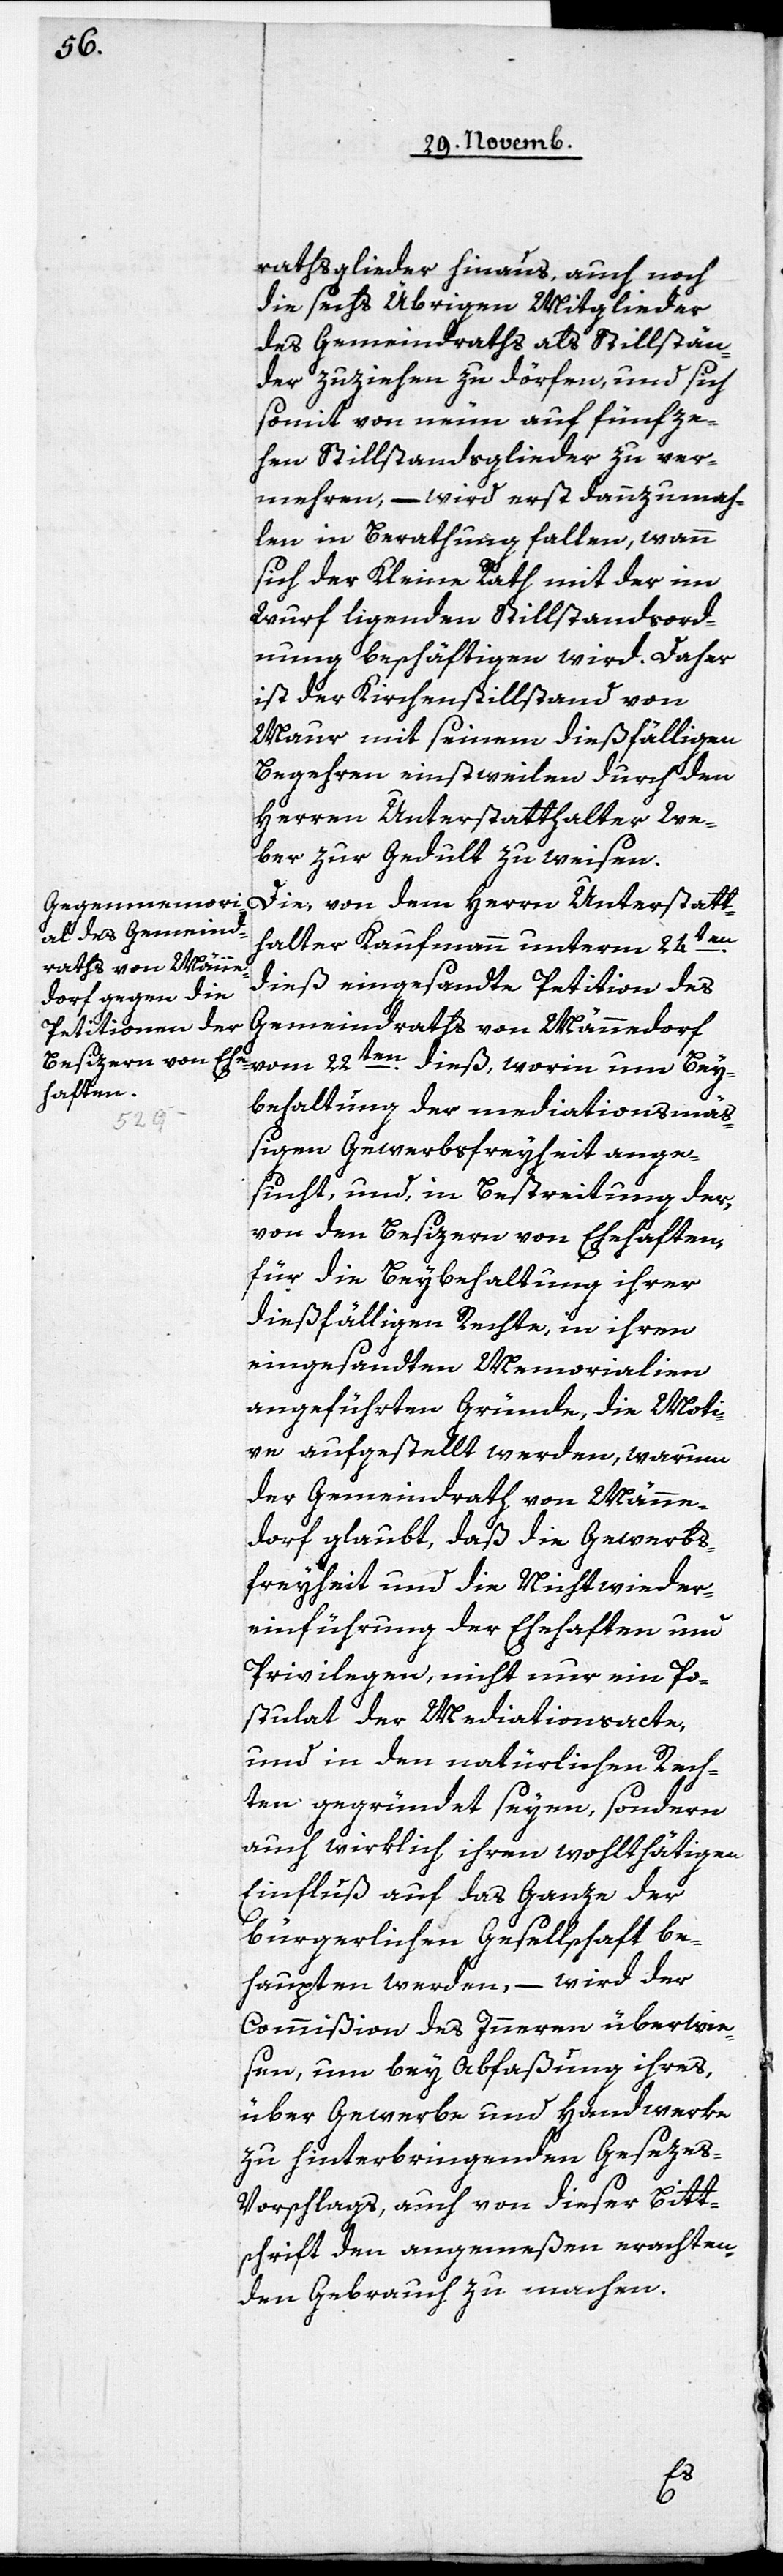
rathsglieder hinaus, auch noch
die sechs Übrigen Mitglieder
des Gemeindraths als Stillstän¬
der zuziehen zu dörfen, und sich
somit von neun auf fünfze¬
hen Stillstandsglieder zu ver¬
mehren, – wird erst dannzumah¬
len in Berathung fallen, wann
sich der Kleine Rath mit der im
Wurf ligenden Stillstandsord¬
nung beschäftigen wird. Daher
ist der Kirchenstillstand von
Maur mit seinem dießfälligen
Begehren einstweilen durch den
Herren Unterstatthalter We¬
ber zur Gedult zu weisen.
Die, von dem Herrn Unterstatt¬
Bey¬
halter Kaufmann unterm 24ten.
dieß eingesandte Petition des
Gemeindraths von Männedorf
behaltung der mediationsmäß¬
igen Gewerbsfreyheit ange¬
sucht, und, in Bestreitung der
von den Besizern von Ehehaften
für die Beybehaltung ihrer
dießfälligen Rechte, in ihren
eingesandten Memorialien
angeführten Gründe, die Moti¬
ve aufgestellt werden, warum
der Gemeindrath von Männe¬
dorf glaubt, daß die Gewerbs¬
freyheit und die Nichtwieder¬
einführung der Ehehaften und
Privilegien, nicht nur ein Po¬
stulat der Mediationsacte,
und in den natürlichen Rech¬
ten gegründet seyen, sondern
auch wirklich ihren wohlthätigen
Einfluß auf das Ganze der
bürgerlichen Gesellschaft be¬
haupten werden, – wird der
Commißion des Inneren überwie¬
sen, um bey Abfaßung ihres,
über Gewerbe und Handwerk
zu hinterbringenden Geseze¬
s-Vorschlags, auch von dieser Bitt¬
schrift den angemeßen erachten¬
den Gebrauch zu machen.